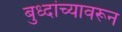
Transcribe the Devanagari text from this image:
बुध्दांच्यावरून